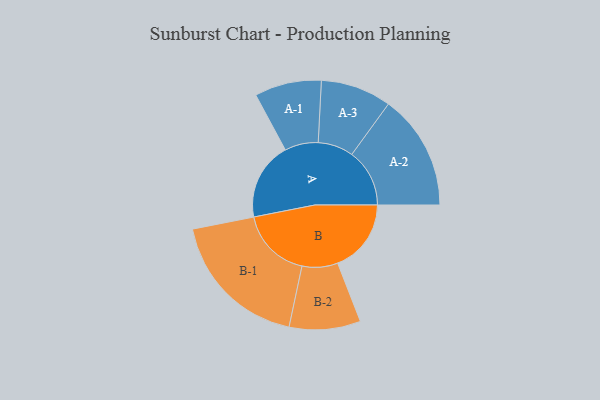
{"axis": {"x": "Segment", "y": "Value"}, "legend": ["", "A", "B"], "data": [{"x": "A", "y": 317, "type": ""}, {"x": "B", "y": 299, "type": ""}, {"x": "A-1", "y": 136, "type": "A"}, {"x": "A-2", "y": 235, "type": "A"}, {"x": "A-3", "y": 144, "type": "A"}, {"x": "B-1", "y": 291, "type": "B"}, {"x": "B-2", "y": 145, "type": "B"}]}